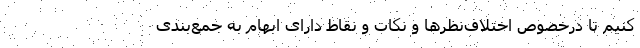
کنیم تا درخصوص اختلاف‌نظرها و نکات و نقاط دارای ابهام به جمع‌بندی